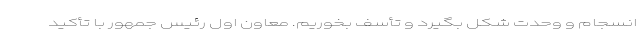
انسجام و وحدت شکل بگیرد و تأسف بخوریم. معاون اول رئیس جمهور با تأکید